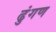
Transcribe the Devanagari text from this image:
ढुंगण